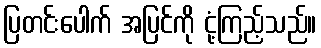
ပြတင်းပေါက် အပြင်ကို ငုံ့ကြည့်သည်။